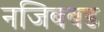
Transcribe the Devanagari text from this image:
नजिबबड